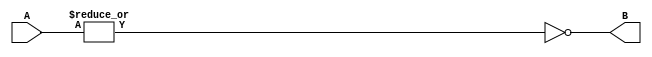
module superAnd(input [31:0] A, output B);
	assign B = ~|{A};
endmodule